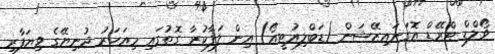
ވޯލްޑް ޓްރޭޑް އޮގަނައިޒޭޝަން (ޑަބްލިއުޓީއޯ) އިން ލަފާކުރާ ގޮތުގައި މިއަހަރު ދުނިޔޭގެ ވިޔަފާރި